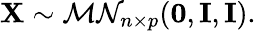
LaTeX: \mathbf{X}\sim{\mathcal{MN}}_{n\times p}(\mathbf{0},\mathbf{I},\mathbf{I}).